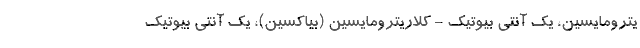
یترومایسین، یک آنتی بیوتیک - کلاریترومایسین (بیاکسین)، یک آنتی بیوتیک